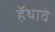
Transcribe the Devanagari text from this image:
हॅथावे